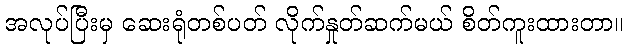
အလုပ်ပြီးမှ ဆေးရုံတစ်ပတ် လိုက်နှုတ်ဆက်မယ် စိတ်ကူးထားတာ။